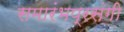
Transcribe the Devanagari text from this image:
समारंभप्रसंगी